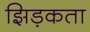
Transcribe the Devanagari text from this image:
झिड़कता